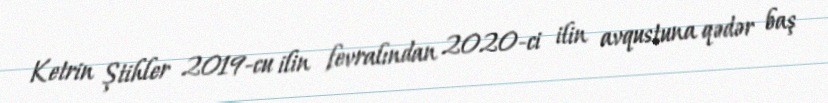
Ketrin Ştihler 2019-cu ilin fevralından 2020-ci ilin avqustuna qədər baş